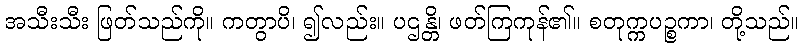
အသီးသီး ဖြတ်သည်ကို။ ကတွာပိ၊ ၍လည်း။ ပဌန္တိ၊ ဖတ်ကြကုန်၏။ စတုက္ကပဉ္စကာ၊ တို့သည်။